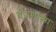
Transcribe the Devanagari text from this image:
योग़शास्त्रा